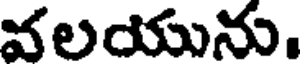
వలయును.